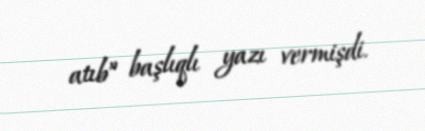
atıb” başlıqlı yazı vermişdi.